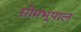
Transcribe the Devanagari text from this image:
सोमभूपाल